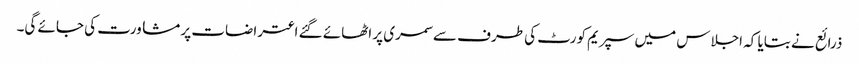
ذرائع نے بتایا کہ اجلاس میں سپریم کورٹ کی طرف سے سمری پر اٹھائے گئے اعتراضات پر مشاورت کی جائے گی۔